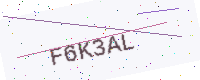
Text: F6K3AL